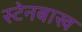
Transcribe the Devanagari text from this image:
स्टेनबाख